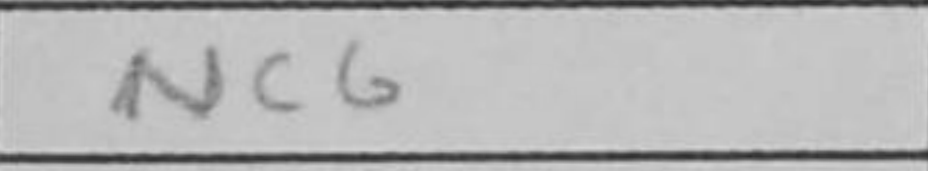
Transcription: Nc6